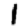
Digit: 1